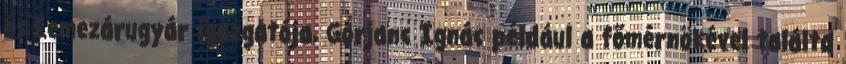
és Lemezárugyár igazgatója, Gorjanc Ignác például a főmérnökével találta